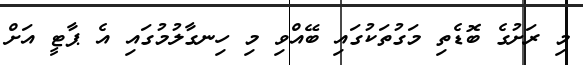
މި ރަށުގެ ބޮޑެތި މަގުތަކުގައި ބޭއްވި މި ހިނގާލުމުގައި އެ ޕާޓީ އަށް